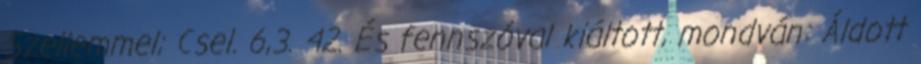
Szellemmel; Csel. 6,3. 42. És fennszóval kiáltott, mondván: Áldott